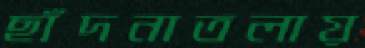
ছাঁদনাতলায়